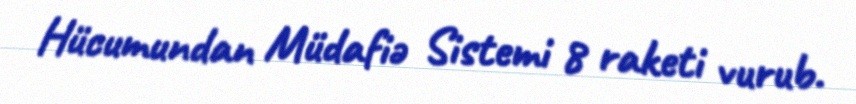
Hücumundan Müdafiə Sistemi 8 raketi vurub.